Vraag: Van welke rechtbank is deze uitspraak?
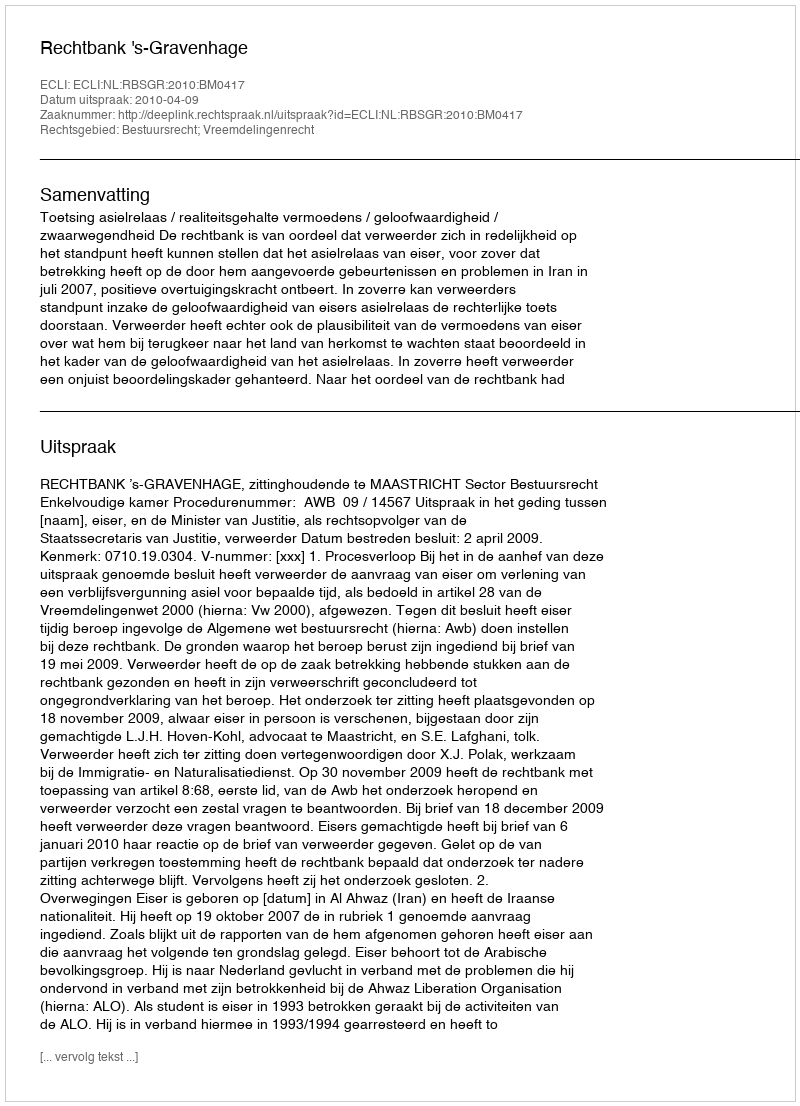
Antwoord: Rechtbank 's-Gravenhage